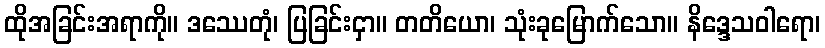
ထိုအခြင်းအရာကို။ ဒဿေတုံ၊ ပြခြင်းငှာ။ တတိယော၊ သုံးခုမြောက်သော။ နိဒ္ဒေသဝါရော၊